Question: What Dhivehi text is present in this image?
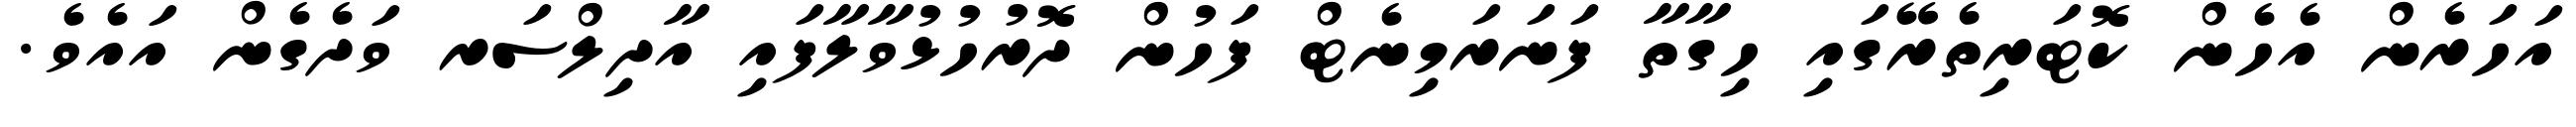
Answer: އަހަރެން އެހެން ކޮޓަރިތެރޭގައި ހިގާތާ ފަނަރަމިނެޓް ފަހުން ދޮރުހުޅުވާލާފައި އާދިލްސަރ ވަދެގެން އައެވެ.